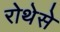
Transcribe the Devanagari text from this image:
रोथेसे